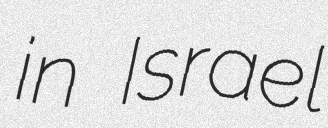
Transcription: in Israel